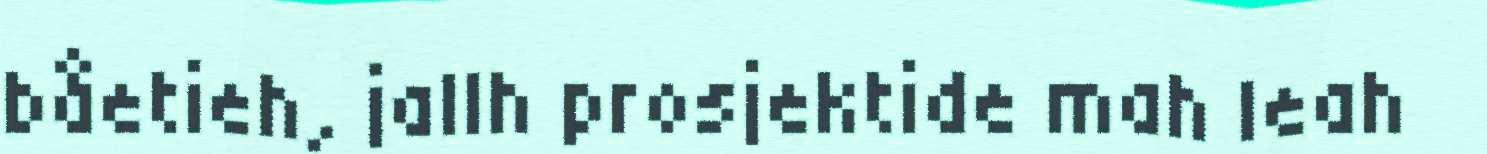
båetieh, jallh prosjektide mah leah